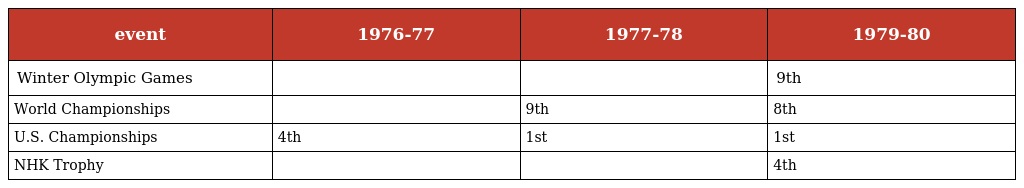
| event | 1976-77 | 1977-78 | 1979-80 |
 | --- | --- | --- | --- |
 | Winter Olympic Games |  |  | 9th |
 | World Championships |  | 9th | 8th |
 | U.S. Championships | 4th | 1st | 1st |
 | NHK Trophy |  |  | 4th |